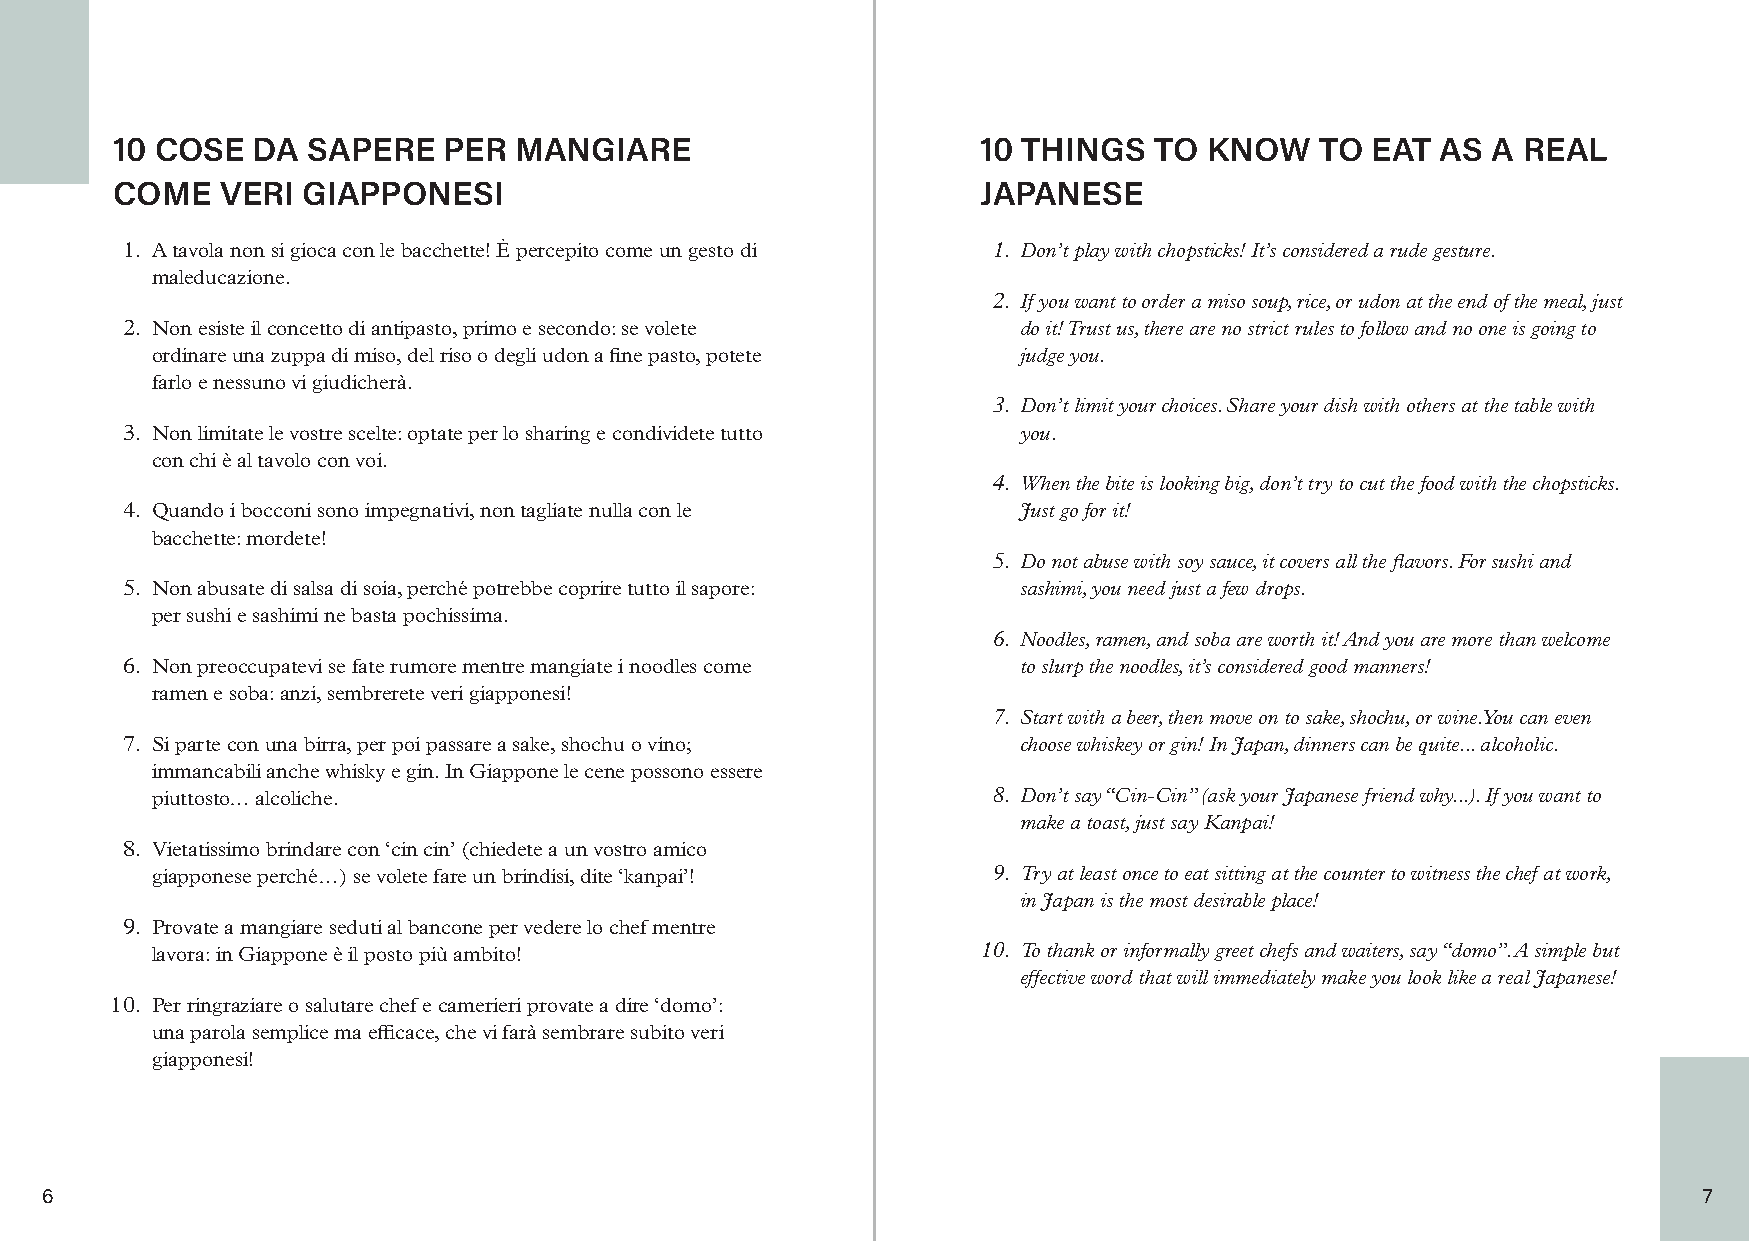
10 COSE   DA SAPERE   PER  MANGIARE                       10 THINGS  TO  KNOW   TO  EAT AS  A REAL
 COME    VERI GIAPPONESI                                   JAPANESE
 1. A tavola non si gioca con le bacchette! È percepito come un gesto di 1. Don’t play with chopsticks! It’s considered a rude gesture.
 maleducazione.
 2. If you want to order a miso soup, rice, or udon at the end of the meal, just
 2. Non esiste il concetto di antipasto, primo e secondo: se volete do it! Trust us, there are no strict rules to follow and no one is going to
 ordinare una zuppa di miso, del riso o degli udon a fine pasto, potete judge you.
 farlo e nessuno vi giudicherà.
 3. Don’t limit your choices. Share your dish with others at the table with
 3. Non limitate le vostre scelte: optate per lo sharing e condividete tutto you.
 con chi è al tavolo con voi.
 4. When the bite is looking big, don’t try to cut the food with the chopsticks.
 4. Quando i bocconi sono impegnativi, non tagliate nulla con le Just go for it!
 bacchette: mordete!
 5. Do not abuse with soy sauce, it covers all the flavors. For sushi and
 5. Non abusate di salsa di soia, perché potrebbe coprire tutto il sapore: sashimi, you need just a few drops.
 per sushi e sashimi ne basta pochissima.
 6. Noodles, ramen, and soba are worth it! And you are more than welcome
 6. Non preoccupatevi se fate rumore mentre mangiate i noodles come to slurp the noodles, it’s considered good manners!
 ramen e soba: anzi, sembrerete veri giapponesi!
 7. Start with a beer, then move on to sake, shochu, or wine. You can even
 7. Si parte con una birra, per poi passare a sake, shochu o vino; choose whiskey or gin! In Japan, dinners can be quite... alcoholic.
 immancabili anche whisky e gin. In Giappone le cene possono essere
 piuttosto… alcoliche.                                   8. Don’t say “Cin-Cin” (ask your Japanese friend why...). If you want to
 make a toast, just say Kanpai!
 8. Vietatissimo brindare con ‘cin cin’ (chiedete a un vostro amico
 giapponese perché…) se volete fare un brindisi, dite ‘kanpai’! 9. Try at least once to eat sitting at the counter to witness the chef at work,
 in Japan is the most desirable place!
 9. Provate a mangiare seduti al bancone per vedere lo chef mentre
 lavora: in Giappone è il posto più ambito!             10. To thank or informally greet chefs and waiters, say “domo”. A simple but
 effective word that will immediately make you look like a real Japanese!
 10. Per ringraziare o salutare chef e camerieri provate a dire ‘domo’:
 una parola semplice ma efficace, che vi farà sembrare subito veri
 giapponesi!
 6                                                                                                             7